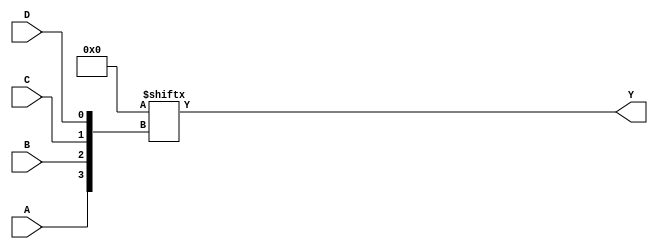
module k_map_4var (
    input wire A,      // Input variable A
    input wire B,      // Input variable B
    input wire C,      // Input variable C
    input wire D,      // Input variable D
    output wire Y      // Output of the K-map simplification
);

// Define the K-map directly with minterms
// The K-map cells for variables (A, B) as rows and (C, D) as columns
// Cell mapping: 
// Row 0: (A=0, B=0) -> Minterms m0, m1, m3, m2
// Row 1: (A=0, B=1) -> Minterms m4, m5, m7, m6
// Row 2: (A=1, B=1) -> Minterms m12, m13, m15, m14
// Row 3: (A=1, B=0) -> Minterms m8, m9, m11, m10

// The K-map values are represented as a 2D array
wire [15:0] k_map = 16'b0000000000000000; // Initialize all minterms to 0

// Assign values based on minterms (you can customize it based on the desired K-map output)
assign k_map[0] = 1;  // m0
assign k_map[1] = 1;  // m1
assign k_map[2] = 0;  // m2
assign k_map[3] = 1;  // m3
assign k_map[4] = 0;  // m4
assign k_map[5] = 1;  // m5
assign k_map[6] = 1;  // m6
assign k_map[7] = 1;  // m7
assign k_map[8] = 0;  // m8
assign k_map[9] = 0;  // m9
assign k_map[10] = 0; // m10
assign k_map[11] = 1; // m11
assign k_map[12] = 1; // m12
assign k_map[13] = 1; // m13
assign k_map[14] = 0; // m14
assign k_map[15] = 0; // m15

// The output is determined based on the K-map logic
assign Y = k_map[{A, B, C, D}]; // Using concatenation to form the index

endmodule